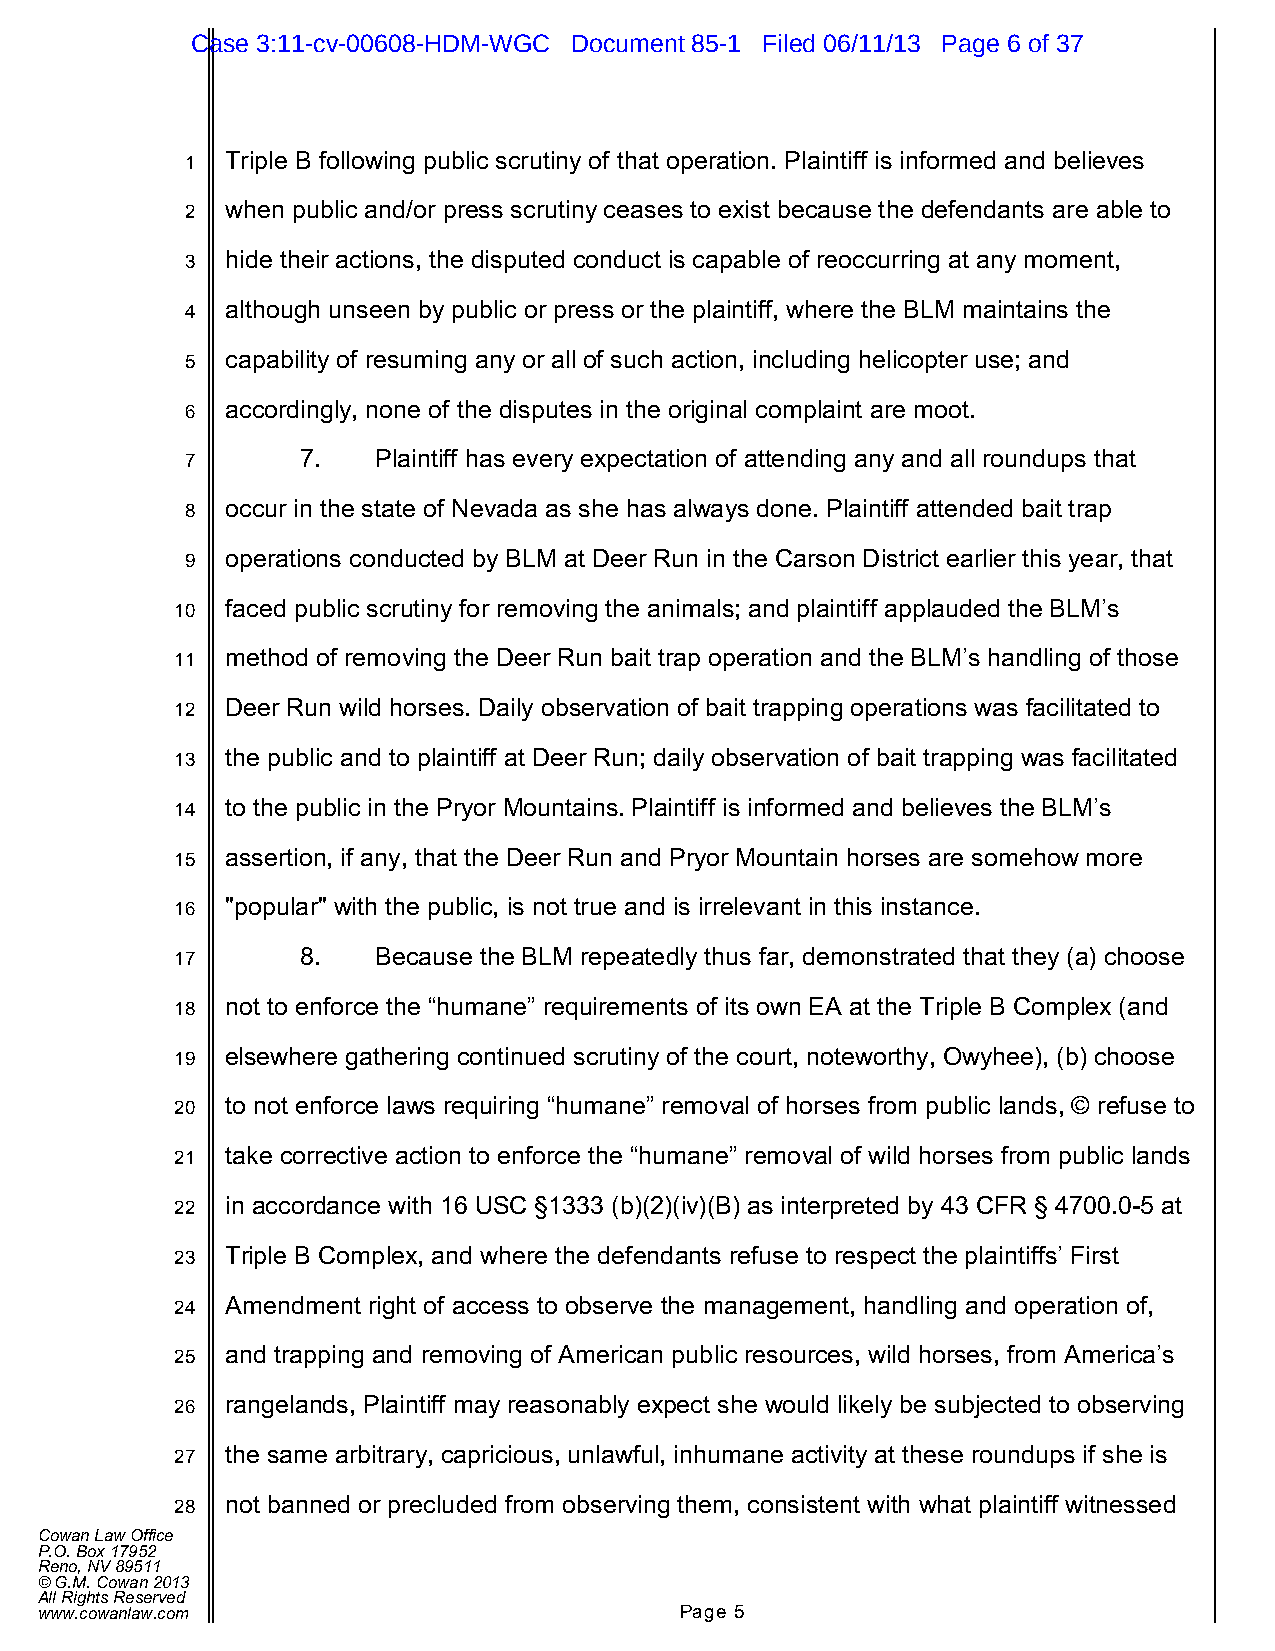
Case 3:11-cv-00608-HDM-WGC Document 85-1 Filed 06/11/13 Page 6 of 37
 1  Triple B following public scrutiny of that operation. Plaintiff is informed and believes
 2  when public and/or press scrutiny ceases to exist because the defendants are able to
 3  hide their actions, the disputed conduct is capable of reoccurring at any moment,
 4  although unseen by public or press or the plaintiff, where the BLM maintains the
 5  capability of resuming any or all of such action, including helicopter use; and
 6  accordingly, none of the disputes in the original complaint are moot.
 7       7.   Plaintiff has every expectation of attending any and all roundups that
 8  occur in the state of Nevada as she has always done. Plaintiff attended bait trap
 9  operations conducted by BLM at Deer Run in the Carson District earlier this year, that
 10 faced public scrutiny for removing the animals; and plaintiff applauded the BLM’s
 11 method of removing the Deer Run bait trap operation and the BLM’s handling of those
 12 Deer Run wild horses. Daily observation of bait trapping operations was facilitated to
 13 the public and to plaintiff at Deer Run; daily observation of bait trapping was facilitated
 14 to the public in the Pryor Mountains. Plaintiff is informed and believes the BLM’s
 15 assertion, if any, that the Deer Run and Pryor Mountain horses are somehow more
 16 "popular" with the public, is not true and is irrelevant in this instance.
 17      8.   Because the BLM repeatedly thus far, demonstrated that they (a) choose
 18 not to enforce the “humane” requirements of its own EA at the Triple B Complex (and
 19 elsewhere gathering continued scrutiny of the court, noteworthy, Owyhee), (b) choose
 20 to not enforce laws requiring “humane” removal of horses from public lands, © refuse to
 21 take corrective action to enforce the “humane” removal of wild horses from public lands
 22 in accordance with 16 USC §1333 (b)(2)(iv)(B) as interpreted by 43 CFR § 4700.0-5 at
 23 Triple B Complex, and where the defendants refuse to respect the plaintiffs’ First
 24 Amendment right of access to observe the management, handling and operation of,
 25 and trapping and removing of American public resources, wild horses, from America’s
 26 rangelands, Plaintiff may reasonably expect she would likely be subjected to observing
 27 the same arbitrary, capricious, unlawful, inhumane activity at these roundups if she is
 28 not banned or precluded from observing them, consistent with what plaintiff witnessed
 Cowan Law Office
 P.O. Box 17952
 Reno, NV 89511
 © G.M. Cowan 2013
 All Rights Reserved
 www.cowanlaw.com                           Page 5